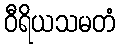
ဝီရိယသမတံ